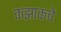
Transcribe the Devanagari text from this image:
कझाकचे